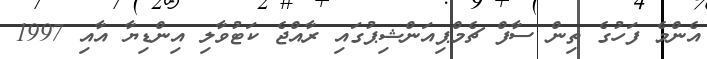
އެންމެ ފަހުގެ ތިން ސާފް ޗެމްޕިއަންޝިޕުގައި ރާއްޖެ ކަޓުވާލި އިންޑިޔާ އާއި 1997